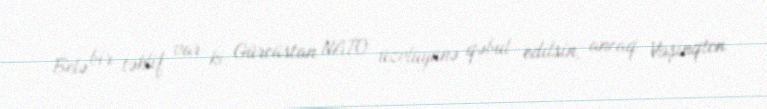
Belə bir təklif var ki, Gürcüstan NATO üzvlüyünə qəbul edilsin, ancaq Vaşinqton